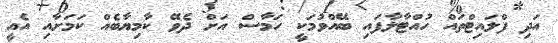
އަދި ފްލައިޓްތައް ހުއްޓާލާފައި ބޭއްވުމަކީ ހަމާސް އަށް ދެވޭ ކާމިޔާބެއް ކަމަށާއި އެއީ